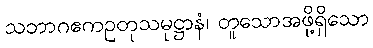
သဘာဂဧကဥတုသမုဋ္ဌာနံ၊ တူသောအဖို့ရှိသော